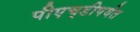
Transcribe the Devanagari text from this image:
पीएच्‌डीपर्यंत